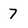
Character: 7